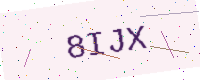
Text: 8IJX